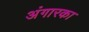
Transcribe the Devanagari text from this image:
अंगारका